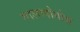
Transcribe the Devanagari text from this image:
गालापोगोस